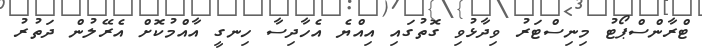
ޓްރާންސްޕޯޓު މިނިސްޓަރު ވިދާޅުވި ގޮތުގައި އިއްޔެ އެހާދިސާ ހިނގީ އާއްމުކޮށް އެރޭލުން ދަތުރު